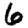
Digit: 6